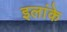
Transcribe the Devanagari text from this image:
इलांके